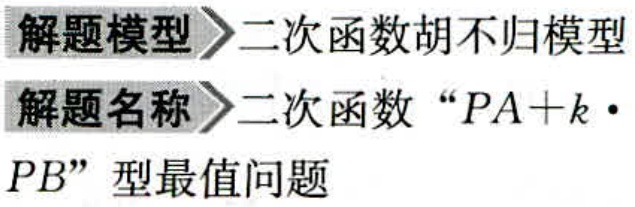
解题模型$\rhd$二次函数胡不归模型
解题名称$\rhd$二次函数“$PA + k\cdot PB$”型最值问题